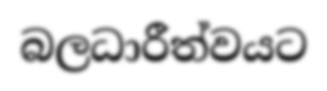
බලධාරීත්වයට